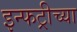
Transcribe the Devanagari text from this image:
इन्फट्रीच्या